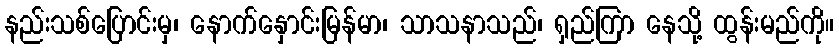
နည်းသစ်ပြောင်းမှ၊ နောက်နှောင်းမြန်မာ၊ သာသနာသည်၊ ရှည်ကြာ နေသို့ ထွန်းမည်ကို။